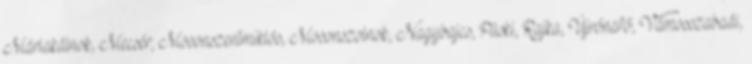
Máriakálnok, Mecsér, Mosonszentmiklós, Mosonszolnok, Nagybajcs, Püski, Rajka, Újrónafő, Vámosszabadi,